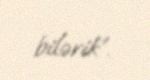
bilərik”.